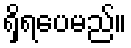
ရှိရပေမည်။